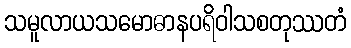
သမူလာယသမောဓာနပရိဝါသစတုဿတံ